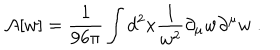
LaTeX: { \cal A } [ w ] = { \frac { 1 } { 9 6 \pi } } \int d ^ { 2 } x { \frac { 1 } { w ^ { 2 } } } \partial _ { \mu } w \partial ^ { \mu } w \; .